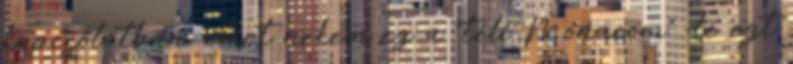
kapcsolatban, mert nekem ez a "téli Monacom" de ezt